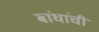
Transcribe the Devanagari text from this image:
बांधांची